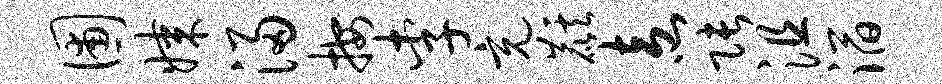
圃媒浸按李充麒盍张沮滔